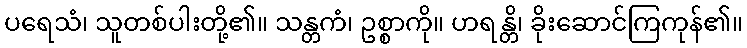
ပရေသံ၊ သူတစ်ပါးတို့၏။ သန္တကံ၊ ဥစ္စာကို။ ဟရန္တိ၊ ခိုးဆောင်ကြကုန်၏။